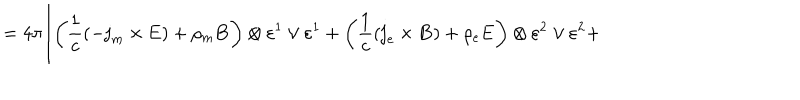
= 4 \pi \Biggl [ \left( \frac 1 c \left( - { \bf j } _ { m } \times { \bf E } \right) + \rho _ { m } { \bf B } \right) \otimes \varepsilon ^ { 1 } \vee \varepsilon ^ { 1 } + \left( \frac 1 c \left( { \bf j } _ { e } \times { \bf B } \right) + \rho _ { e } { \bf E } \right) \otimes \varepsilon ^ { 2 } \vee \varepsilon ^ { 2 } +